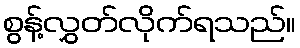
စွန့်လွှတ်လိုက်ရသည်။